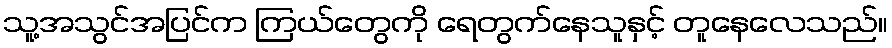
သူ့အသွင်အပြင်က ကြယ်တွေကို ရေတွက်နေသူနှင့် တူနေလေသည်။